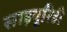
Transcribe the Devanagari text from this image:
साइयूरिडी